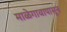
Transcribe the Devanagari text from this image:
माळेगावापासून